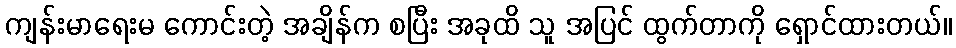
ကျန်းမာရေးမ ကောင်းတဲ့ အချိန်က စပြီး အခုထိ သူ အပြင် ထွက်တာကို ရှောင်ထားတယ်။